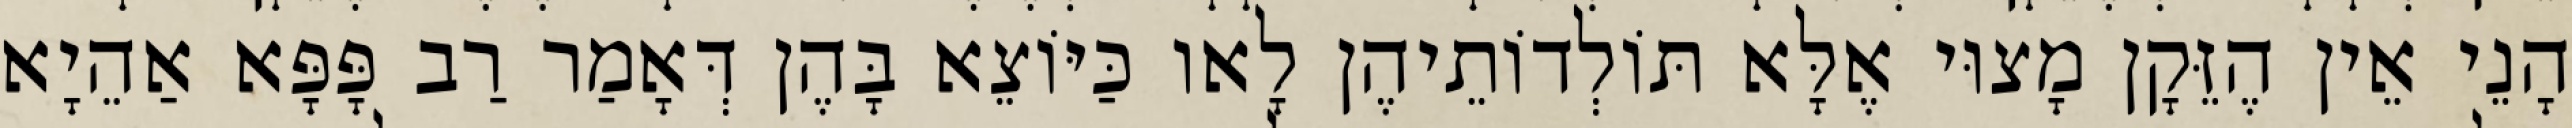
הָנֵי אֵין הֶזֵּקָן מָצוּי אֶלָּא תּוֹלְדוֹתֵיהֶן לָאו כַּיּוֹצֵא בָּהֶן דְּאָמַר רַב פָּפָּא אַהֵיָא